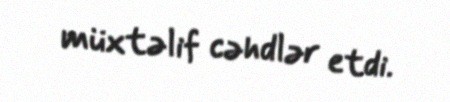
müxtəlif cəhdlər etdi.